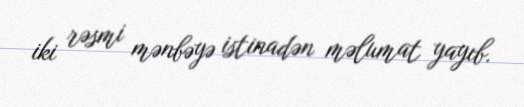
iki rəsmi mənbəyə istinadən məlumat yayıb.